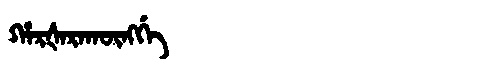
Manchu: ᡥᠠᡵᡧᠠᡵᠠᡴᡡᠩᡤᡝ
Romanization: HARŠARAKŪNGGE